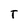
Character: T